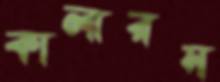
কালারস